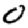
Digit: 0